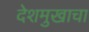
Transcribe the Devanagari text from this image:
देशमुखाचा